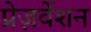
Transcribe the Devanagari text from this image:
प्रेज़र्वेशन